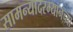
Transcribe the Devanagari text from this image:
सामन्यादरम्यानच्या